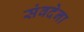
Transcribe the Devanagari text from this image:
संवदेना